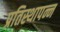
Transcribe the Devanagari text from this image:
प्रतिस्थापन्न